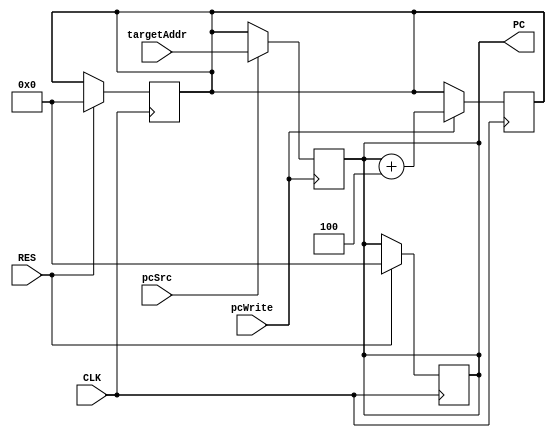
`timescale 1ns / 1ps
//////////////////////////////////////////////////////////////////////////////////
// Company: 
// Engineer: 
// 
// Design Name: 
// Module Name: program_counter
// Project Name: 
// Target Devices: 
// Tool Versions: 
// Description: 
// 
// Dependencies: 
// 
// Revision:
// Revision 0.01 - File Created
// Additional Comments:
// 
//////////////////////////////////////////////////////////////////////////////////


module program_counter(
    input CLK, RES,
    input [31:0] targetAddr,
    input pcWrite,  //pcWrite: 1PCpcNext
    input pcSrc,
    output reg [31:0] PC
);

reg [31:0] pcPlusFour;
wire [31:0] pcNext;


//PC_SELECTOR
always @(posedge CLK) begin
    if(RES == 1'b1)
        pcPlusFour <= 32'h0;
end

always @(negedge CLK) begin
    if(pcWrite == 1'b1)
        pcPlusFour <= PC + 32'h4;
end

assign pcNext = (pcSrc == 1'b0) ? pcPlusFour : targetAddr;


//PC
always @(posedge CLK) begin
    if(RES == 1'b1)  //ZbgAPC0Zbg
        PC <= 32'h0;
        
    //else if(pcWrite == 1'b1)  //PCX
        //PC <= pcNext;
        
    else  //PC
        PC <= PC;
end

always @(posedge pcWrite) 
    PC <= pcNext;
endmodule